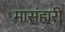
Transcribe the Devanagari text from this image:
मासंहारी